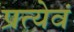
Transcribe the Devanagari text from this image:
प्रत्येवं